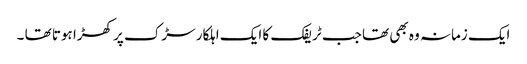
ایک زمانہ وہ بھی تھا جب ٹریفک کا ایک اہلکار سڑک پر کھڑا ہوتا تھا ۔